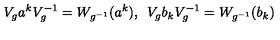
V _ { g } a ^ { k } V _ { g } ^ { - 1 } = W _ { g ^ { - 1 } } ( a ^ { k } ) , \enspace V _ { g } b _ { k } V _ { g } ^ { - 1 } = W _ { g ^ { - 1 } } ( b _ { k } )